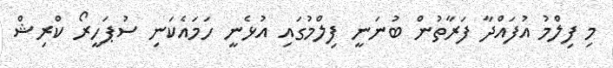
މި ފިލްމު އުފައްދާ ފަރާތުން ބުނަނީ ފިލްމުގައި އުޅެނީ ހަމައެކަނި ސުޕަހީރޯ ކްރިޝް